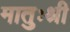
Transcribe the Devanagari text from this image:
मातुःश्री